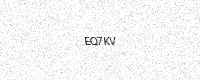
Text: EQ7KV